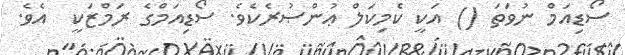
ސޯޑިއަމް ނުވަތަ () އަކީ ކެމިކަލް ޢުންޞުރެކެވެ. ސޯޑިއަމްގެ ރަމްޒަކީ  އެވެ.